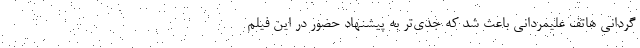
گردانی هاتف علیمردانی باعث شد که جدی‌تر به پیشنهاد حضور در این فیلم